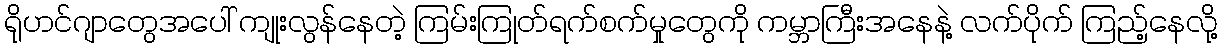
ရိုဟင်ဂျာတွေအပေါ် ကျုးလွန်နေတဲ့ ကြမ်းကြုတ်ရက်စက်မှုတွေကို ကမ္ဘာကြီးအနေနဲ့ လက်ပိုက် ကြည့်နေလို့